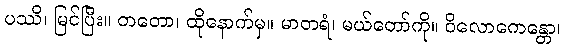
ပဿိ၊ မြင်ပြီး။ တတော၊ ထိုနောက်မှ။ မာတရံ၊ မယ်တော်ကို။ ဝိလောကေန္တော၊